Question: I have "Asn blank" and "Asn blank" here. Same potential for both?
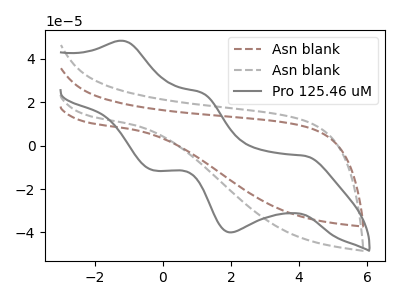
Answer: <think>The brown dashed curve "Asn blank" has no peaks. The gray dashed curve "Asn blank" has no peaks. The gray curve "Pro 125.46 uM" has anodic peaks at (-1.15V, 48.35uA) (1.15V, 24.40uA) and cathodic peaks at (4.20V, -4.70uA) (2.00V, -39.95uA) (-0.30V, -11.35uA).
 Neither "Asn blank" or "Asn blank" have any peaks.</think>
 <answer>"Asn blank" and "Asn blank" are similar in shape.</answer>
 <eval>same_shape</eval>